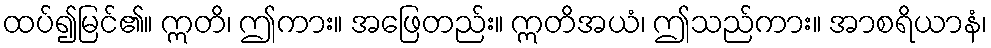
ထပ်၍မြင်၏။ ဣတိ၊ ဤကား။ အဖြေတည်း။ ဣတိအယံ၊ ဤသည်ကား။ အာစရိယာနံ၊